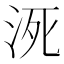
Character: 𰛠